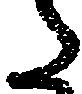
た